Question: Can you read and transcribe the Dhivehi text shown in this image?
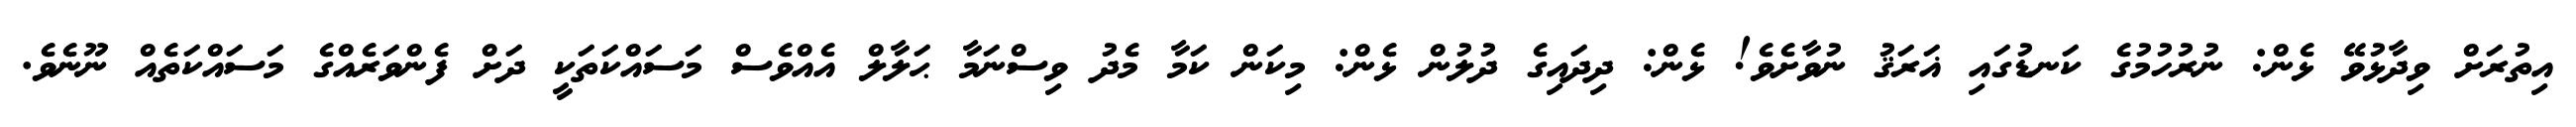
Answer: އިތުރަށް ވިދާޅުވޭ ޅެން: ނުރުހުމުގެ ކަނޑުގައި ޣަރަޤު ނުވާށެވެ! ޅެން: ދިދައިގެ ދުލުން ޅެން: މިކަން ކަމާ މެދު ވިސްނަމާ ޙަލާލް އެއްވެސް މަސައްކަތަކީ ދަށް ފެންވަރެއްގެ މަސައްކަތެއް ނޫނެވެ.